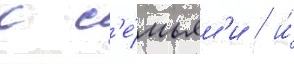
с с'е́мьям'и / и́